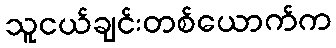
သူငယ်ချင်းတစ်ယောက်က